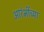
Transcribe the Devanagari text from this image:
आरंभींच्या